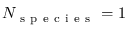
N _ { \mathrm { ~ s ~ p ~ e ~ c ~ i ~ e ~ s ~ } } = 1